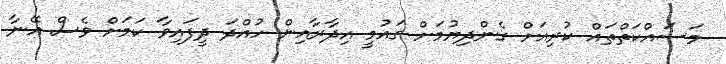
މަސައްކަތްތައް ކުރިއަށް ގެންދިޔުމަށް ގައުމީ އިދާރާއިން ހުއްދަ ދީފައިވާ ކަމަށް ވެސް އޭނާ